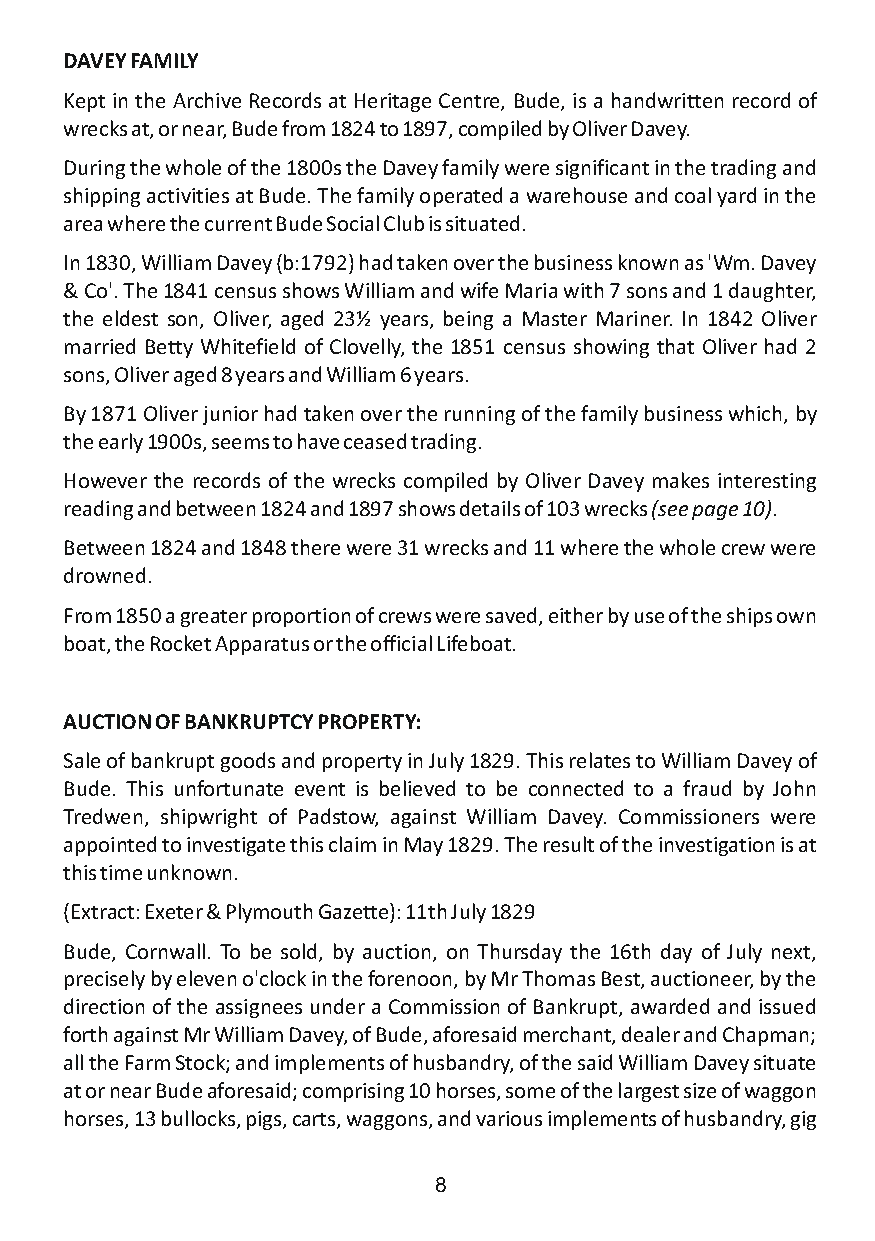
DAVEY FAMILY
 Kept in the Archive Records at Heritage Centre, Bude, is a handwritten record of
 wrecks at, or near, Bude from 1824 to 1897, compiled by Oliver Davey.
 During the whole of the 1800s the Davey family were significant in the trading and
 shipping activities at Bude. The family operated a warehouse and coal yard in the
 area where the current Bude Social Club is situated.
 In 1830, William Davey (b:1792) had taken over the business known as 'Wm. Davey
 & Co'. The 1841 census shows William and wife Maria with 7 sons and 1 daughter,
 the eldest son, Oliver, aged 23½ years, being a Master Mariner. In 1842 Oliver
 married Betty Whitefield of Clovelly, the 1851 census showing that Oliver had 2
 sons, Oliver aged 8 years and William 6 years.
 By 1871 Oliver junior had taken over the running of the family business which, by
 the early 1900s, seems to have ceased trading.
 However the records of the wrecks compiled by Oliver Davey makes interesting
 reading and between 1824 and 1897 shows detaiIs of 103 wrecks (see page 10).
 Between 1824 and 1848 there were 31 wrecks and 11 where the whole crew were
 drowned.
 From 1850 a greater proportion of crews were saved, either by use of the ships own
 boat, the Rocket Apparatus or the official Lifeboat.
 AUCTION OF BANKRUPTCY PROPERTY:
 Sale of bankrupt goods and property in July 1829. This relates to William Davey of
 Bude. This unfortunate event is believed to be connected to a fraud by John
 Tredwen, shipwright of Padstow, against William Davey. Commissioners were
 appointed to investigate this claim in May 1829. The result of the investigation is at
 this time unknown.
 (Extract: Exeter & Plymouth Gazette): 11th July 1829
 Bude, Cornwall. To be sold, by auction, on Thursday the 16th day of July next,
 precisely by eleven o'clock in the forenoon, by Mr Thomas Best, auctioneer, by the
 direction of the assignees under a Commission of Bankrupt, awarded and issued
 forth against Mr William Davey, of Bude, aforesaid merchant, dealer and Chapman;
 all the Farm Stock; and implements of husbandry, of the said William Davey situate
 at or near Bude aforesaid; comprising 10 horses, some of the largest size of waggon
 horses, 13 bullocks, pigs, carts, waggons, and various implements of husbandry, gig
 8